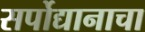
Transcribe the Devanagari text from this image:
सर्पोद्यानाचा